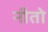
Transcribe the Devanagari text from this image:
नीतो